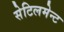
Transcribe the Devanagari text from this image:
सेटिलमेन्ट